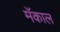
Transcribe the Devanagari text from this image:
मॅकाल